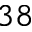
3 8